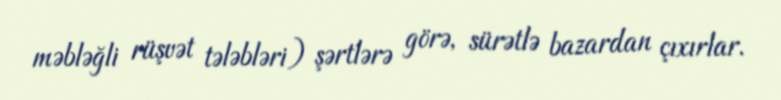
məbləğli rüşvət tələbləri) şərtlərə görə, sürətlə bazardan çıxırlar.